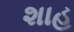
શાહ